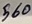
Text: 560